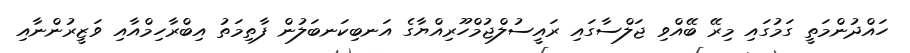
ހައްދުންމަތީ ގަމުގައި މިރޭ ބޭއްވި ޖަލްސާގައި ރައީސުލްޖުމްހޫރިއްޔާގެ އަނބިކަނބަލުން ފާތިމަތު އިބްރާހިމްއާއި ވަޒީރުންނާއި